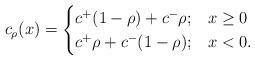
LaTeX: \begin{align*}c_\rho(x) =\begin{cases}c^+ (1-\rho)+ c^- \rho; & x \geq 0\\c^+ \rho + c^- (1-\rho); & x <0.\end{cases}\end{align*}